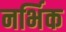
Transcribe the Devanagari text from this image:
नर्भिक